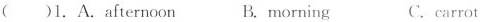
( )1.A. afternoon B.morning C.carrot